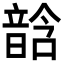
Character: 𩐧